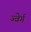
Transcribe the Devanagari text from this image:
ज्वेर्ग